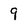
Character: 9